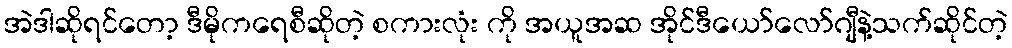
အဲဒါဆိုရင်တော့ ဒီမိုကရေစီဆိုတဲ့ စကားလုံး ကို အယူအဆ အိုင်ဒီယော်လော်ဂျီနဲ့သက်ဆိုင်တဲ့